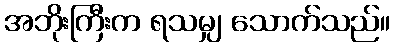
အဘိုးကြီးက ရသမျှ သောက်သည်။